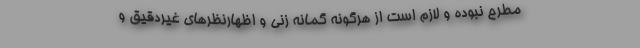
مطرح نبوده و لازم است از هرگونه گمانه زنی و اظهارنظرهای غیردقیق و